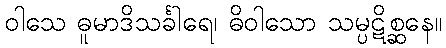
ဝါသေ ဓူမာဒိသင်္ခါရေ၊ ဓိဝါသော သမ္ပဋိစ္ဆနေ။